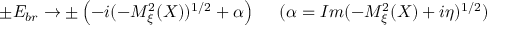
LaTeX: \pm { \cal E } _ { b r } \to \pm \left( - i ( - { \cal M } _ { \xi } ^ { 2 } ( X ) ) ^ { 1 / 2 } + \alpha \right) \; \; \; \; \; ( \alpha = I m ( - { \cal M } _ { \xi } ^ { 2 } ( X ) + i \eta ) ^ { 1 / 2 } )